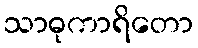
သာဓုကာရိတော